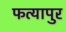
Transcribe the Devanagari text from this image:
फत्यापुर